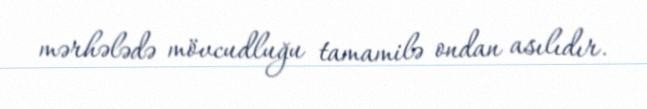
mərhələdə mövcudluğu tamamilə ondan asılıdır.